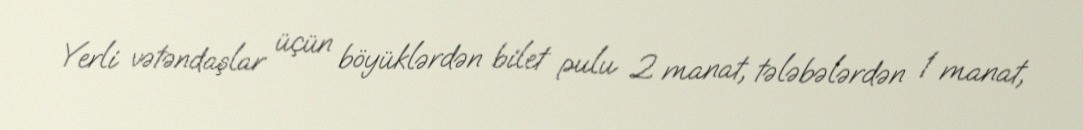
Yerli vətəndaşlar üçün böyüklərdən bilet pulu 2 manat, tələbələrdən 1 manat,